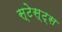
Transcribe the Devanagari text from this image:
स्टेस्ट्स